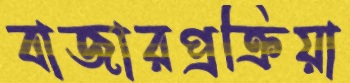
বাজারপ্রক্রিয়া